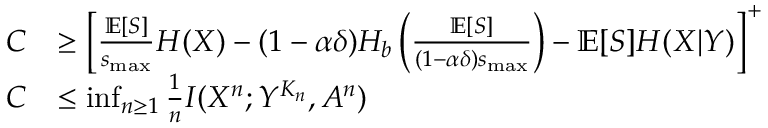
\begin{array} { r l } { C } & { \ge \left[ \frac { \mathbb { E } [ S ] } { s _ { \operatorname* { m a x } } } H ( X ) - ( 1 - \alpha \delta ) H _ { b } \left( \frac { \mathbb { E } [ S ] } { ( 1 - \alpha \delta ) s _ { \operatorname* { m a x } } } \right) - \mathbb { E } [ S ] H ( X | Y ) \right] ^ { + } } \\ { C } & { \le \operatorname* { i n f } _ { n \ge 1 } \frac { 1 } { n } I ( { X } ^ { n } ; { Y } ^ { K _ { n } } , { A } ^ { n } ) } \end{array}